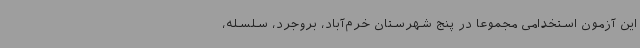
این آزمون استخدامی مجموعاً در پنج شهرستان خرم‌آباد، بروجرد، سلسله،